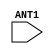
module FILLANT25 (ANT1);
  input ANT1 ;
endmodule
module FILLANT10 (ANT1);
  input ANT1 ;
endmodule
module FILLANT1 (ANT1);
  input ANT1 ;
endmodule
module FILLANT2 (ANT1);
  input ANT1 ;
endmodule
module FILLANT5 (ANT1);
  input ANT1 ;
endmodule
module FILLANT25_3B (ANT1);
  input ANT1 ;
endmodule
module FILLANT10_3B (ANT1);
  input ANT1 ;
endmodule
module FILLANT1_3B (ANT1);
  input ANT1 ;
endmodule
module FILLANT2_3B (ANT1);
  input ANT1 ;
endmodule
module FILLANT5_3B (ANT1);
  input ANT1 ;
endmodule